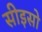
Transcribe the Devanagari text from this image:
सीइसो